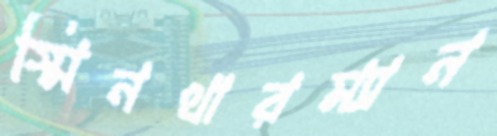
স্মিনথারম্যান